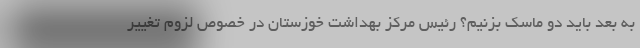
به بعد باید دو ماسک بزنیم؟ رئیس مرکز بهداشت خوزستان در خصوص لزوم تغییر